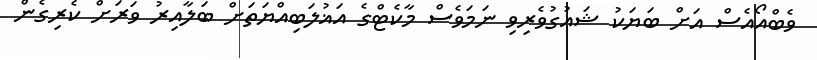
ވެބްއޯއެސް އަށް ބަޔަކު ޝައުގުވެރިވި ނަމަވެސް މާކެޓްގެ އަޣުލަބިއްޔަތަށް ބަލާއިރު ވަރަށް ކެރިގެން